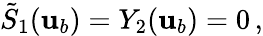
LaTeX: \tilde{S}_{1}({\mathbf{u}}_{b})=Y_{2}({\mathbf{u}}_{b})=0\, ,